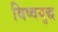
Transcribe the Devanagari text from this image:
विष्वयुद्ध